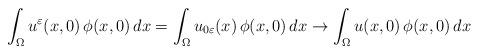
\begin{align*}\int_{\Omega}u^{\varepsilon}(x,0)\,\phi(x,0)\,dx=\int_{\Omega}u_{0\varepsilon}(x)\,\phi(x,0)\,dx\to \int_{\Omega} u(x,0)\,\phi(x,0)\,dx\end{align*}